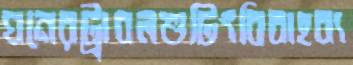
ঘনেরট্রাবলশুটিংবিবাহব্য